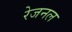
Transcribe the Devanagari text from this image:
रेजनल